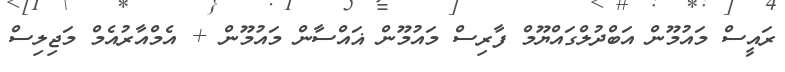
ރައީސް މައުމޫން އަބްދުލްގައްޔޫމް ފާރިސް މައުމޫން ޣައްސާން މައުމޫން + އެމްއާރުއެމް މަޖިލިސް